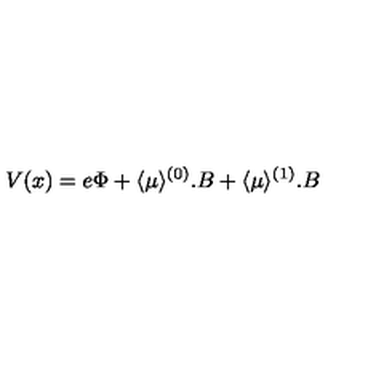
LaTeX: V ( x ) = e \Phi + \langle \mu \rangle ^ { ( 0 ) } . B + \langle \mu \rangle ^ { ( 1 ) } . B